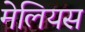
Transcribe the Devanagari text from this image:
मेलियस